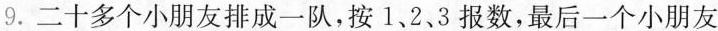
9.二十多个小朋友排成一队，按1、2、3报数，最后一个小朋友